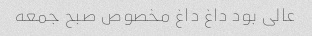
عالی بود داغ داغ مخصوص صبح جمعه